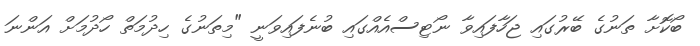
ބޯކޮށާ ތަނުގެ ބޭރުގައި ޖަހާފައިވާ ނޯޓިސްއެއްގައި ބުނެފައިވަނީ "މިތަނުގެ ހިދުމަތް ހޯދުމަށް އަންނަ